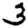
Digit: 3